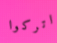
اتركوا